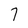
Character: 7